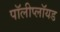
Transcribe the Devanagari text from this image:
पॉलीप्लॉयड